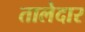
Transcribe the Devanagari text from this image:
तालेदार